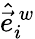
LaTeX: \hat{\vec{e}}_{i}^{\, w}